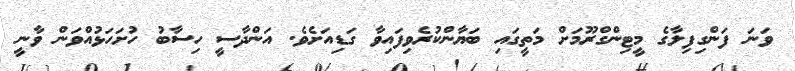
ވަނަ ފަންގިފިލާގެ މީޓިންގްރޫމަށް މަތީގައި ބަޔާންކުރެވިފައިވާ ގަޑިއަށެވެ. އަންދާސީ ހިސާބު ހުށަހަޅުއްވަން ވާނީ